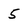
Character: 5